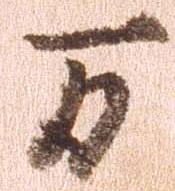
万